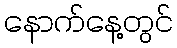
နောက်နေ့တွင်